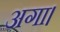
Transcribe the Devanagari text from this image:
अगा।